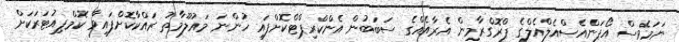
ނަމަވެސް އޯޕަންއެސްއެލްއެލްގެ ޕްރޮގްރާމިން އެރާއެއްގެ ސަބަބުން އެންކްރިޕްޓްކޮށްފައި ހުންނަ މައުލޫމާތު ރައްކާކޮށްފައިވާ ކޮމްޕިއުޓަރަކަށް